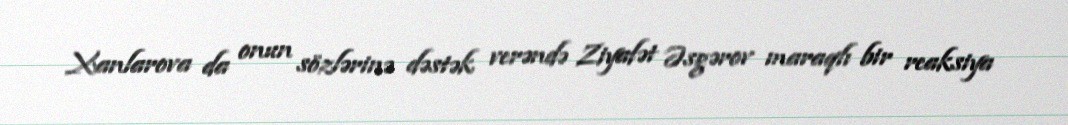
Xanlarova da onun sözlərinə dəstək verəndə Ziyafət Əsgərov maraqlı bir reaksiya